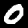
Digit: 0